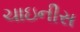
ચાઇનીસ